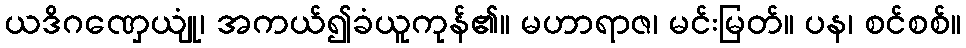
ယဒိဂဏှေယျုံ၊ အကယ်၍ခံယူကုန်၏။ မဟာရာဇ၊ မင်းမြတ်။ ပန၊ စင်စစ်။